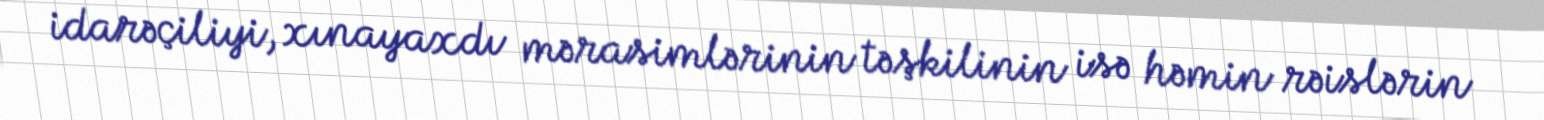
idarəçiliyi, xınayaxdı mərasimlərinin təşkilinin isə həmin rəislərin